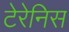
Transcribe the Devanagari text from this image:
टेरेनिस